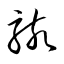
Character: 駭